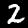
Label: 2